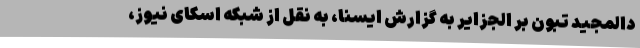
دالمجید تبون بر الجزایر به گزارش ایسنا، به نقل از شبکه اسکای نیوز،